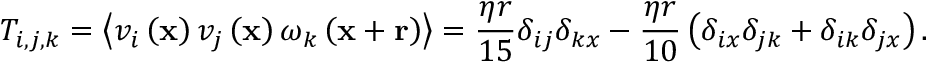
T _ { i , j , k } = \left\langle v _ { i } \left( \mathbf { x } \right) v _ { j } \left( \mathbf { x } \right) \omega _ { k } \left( \mathbf { x } + \mathbf { r } \right) \right\rangle = \frac { \eta r } { 1 5 } \delta _ { i j } \delta _ { k x } - \frac { \eta r } { 1 0 } \left( \delta _ { i x } \delta _ { j k } + \delta _ { i k } \delta _ { j x } \right) .